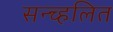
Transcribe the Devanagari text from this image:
सन्च्हलित